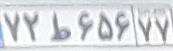
۷۲ط۶۵۶۷۷